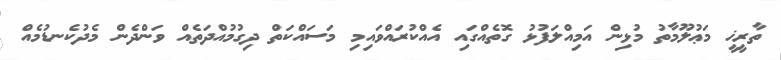
ތާރީޚީ މަޢުލޫމާތު މުޅިން އަމިއްލަފުޅު ގޮތެއްގައި އެއްކުރައްވައިމި މަސައްކަތް ދިގުމުއްދަތެއް ވަންދެން މެދުކެނޑުމެއް